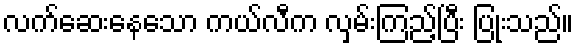
လက်ဆေးနေသော ကယ်လီက လှမ်းကြည့်ပြီး ပြုံးသည်။